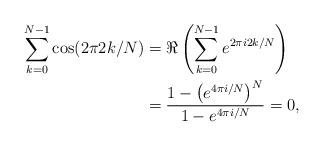
LaTeX: \begin{align*}\sum_{k=0}^{N-1} \cos(2 \pi 2k/N) & = \Re \left( \sum_{k=0}^{N-1} e^{2 \pi i 2k/N} \right)\\& = \frac{1 - \left(e^{4 \pi i/N}\right)^N}{1 - e^{4 \pi i/N}} = 0,\end{align*}